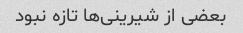
بعضی از شیرینی‌ها تازه نبود